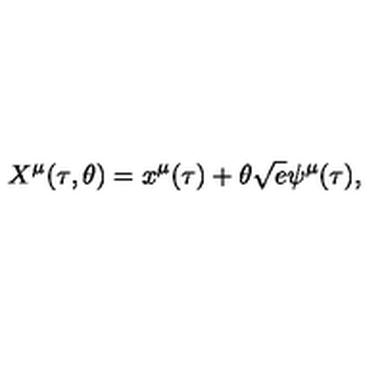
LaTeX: X ^ { \mu } { } ( \tau { } , \theta { } ) = x ^ { \mu } { } ( \tau { } ) + \theta { } \sqrt { e } \psi { } ^ { \mu } { } ( \tau { } ) ,